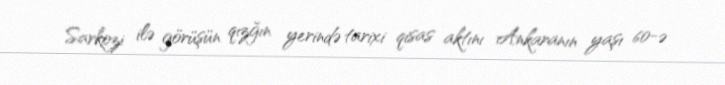
Sarkozi ilə görüşün qızğın yerində tarixi qisas aktını Ankaranın yaşı 60-ə